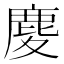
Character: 𪊎